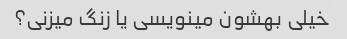
خیلی بهشون مینویسی یا زنگ میزنی؟